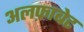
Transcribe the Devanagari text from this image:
अलफ़ाबेट